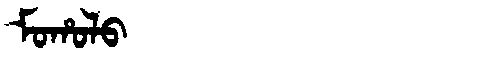
Manchu: ᠮᠣᡥᠣᠯᠣ
Romanization: MOHOLO